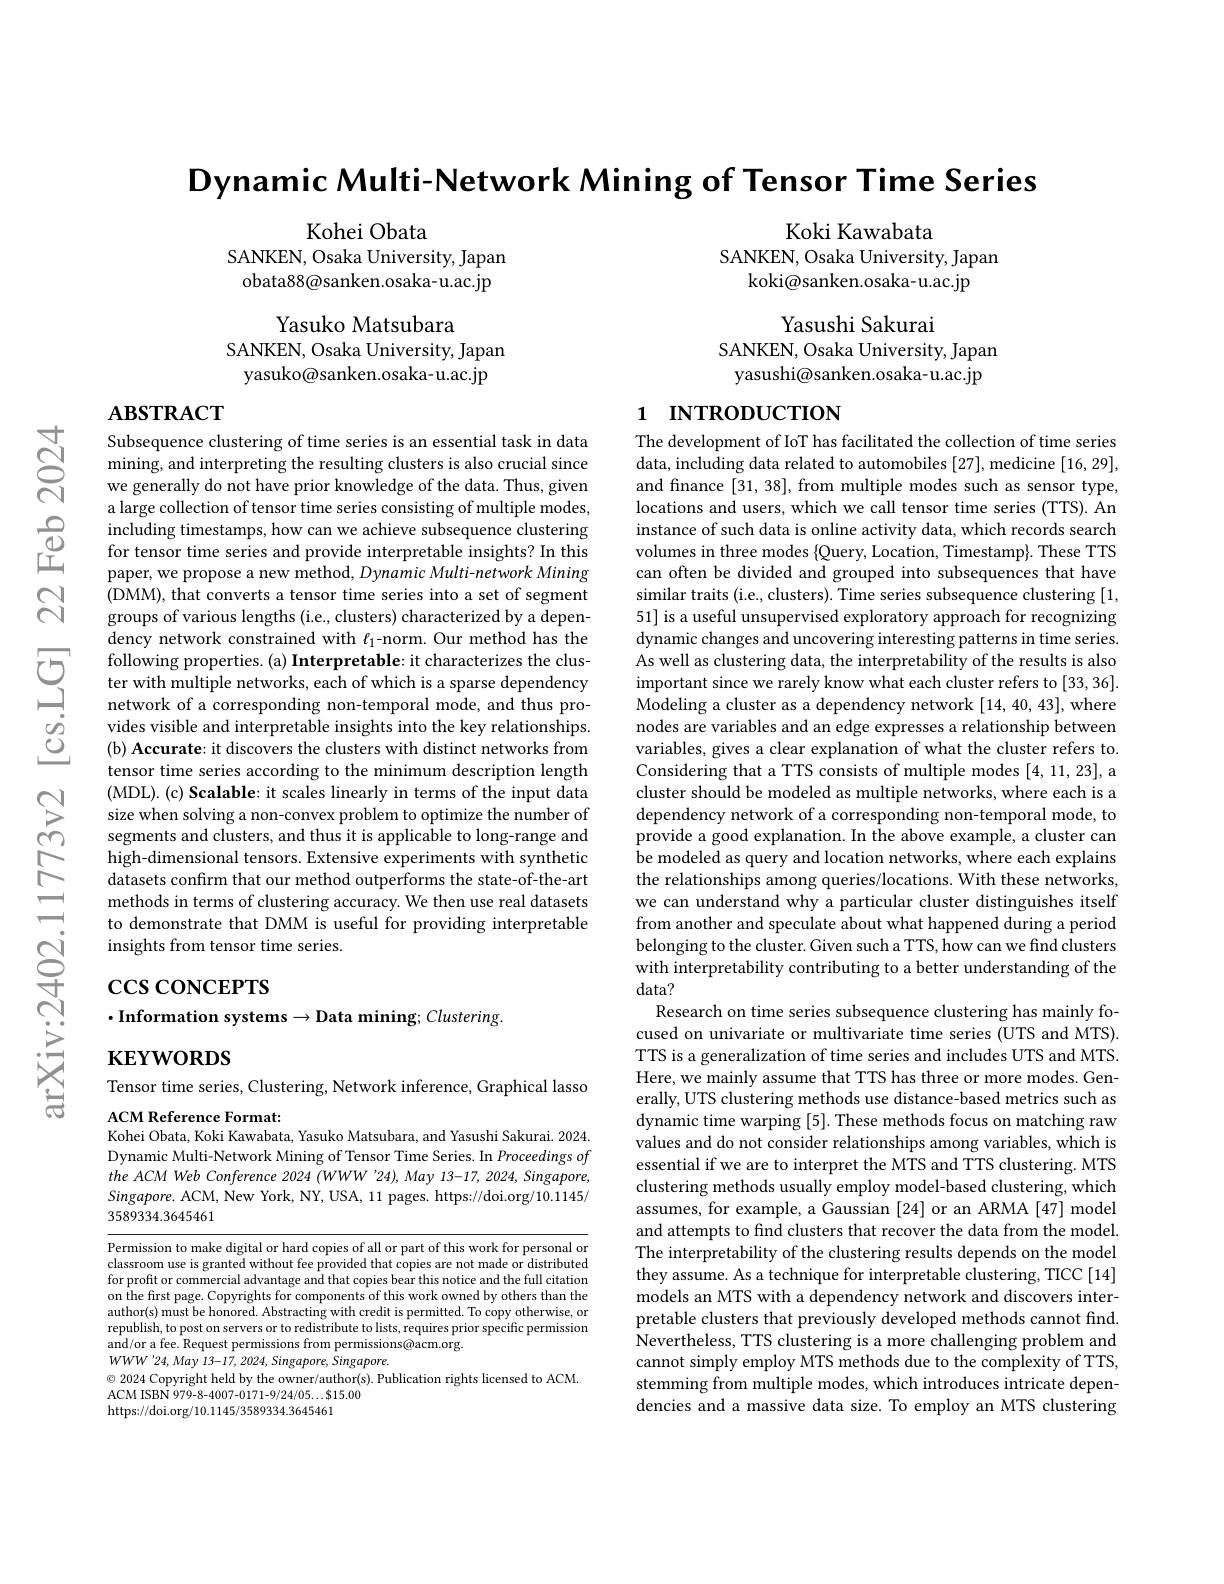
Dynamic Multi-Network Mining of Tensor Time Series

Koki Kawabata
SANKEN, Osaka University, Japan
koki@sanken.osaka-u.ac.jp

Kohei Obata
SANKEN, Osaka University, Japan obata88@sanken.osaka-u.ac.jp

Yasushi Sakurai
SANKEN, Osaka University, Japan yasushi@sanken.osaka-u.ac.jp

Yasuko Matsubara
SANKEN, Osaka University, Japan
yasuko@sanken.osaka-u.ac.jp

$\mathbf{ABSTRACT}$

# 1 INTRODUCTION

Subsequence clustering of time series is an essential task in data mining, and interpreting the resulting clusters is also crucial since we generally do not have prior knowledge of the data. Thus, given a large collection of tensor time series consisting of multiple modes, including timestamps, how can we achieve subsequence clustering for tensor time series and provide interpretable insights? In this paper, we propose a new method, Dynamic Multi-network Mining (DMM), that converts a tensor time series into a set of segment groups of various lengths (i.e., clusters) characterized by a dependency network constrained with $\ell_1$-norm.Our method has the following properties.(a) Interpretable: it characterizes the cluster with multiple networks, each of which is a sparse dependency network of a corresponding non-temporal mode, and thus provides visible and interpretable insights into the key relationships. (b) Accurate: it discovers the clusters with distinct networks from tensor time series according to the minimum description length (MDL). (c) Scalable: it scales linearly in terms of the input data size when solving a non-convex problem to optimize the number of segments and clusters, and thus it is applicable to long-range and high-dimensional tensors. Extensive experiments with synthetic datasets confirm that our method outperforms the state-of-the-art methods in terms of clustering accuracy. We then use real datasets to demonstrate that DMM is useful for providing interpretable insights from tensor time series.

The development of IoT has facilitated the collection of time series $\hat{\text{data, including data related to automobiles }[27]}$,medicine[16,29], and finance [31, 38], from multiple modes such as sensor type, locations and users, which we call tensor time series (TTS). An instance of such data is online activity data, which records search volumes in three modes $\{$Query, Location, Timestamp}. These TTS can often be divided and grouped into subsequences that have similar traits (i.e., clusters). Time series subsequence clustering [1, 51] is a useful unsupervised exploratory approach for recognizing dynamic changes and uncovering interesting patterns in time series. As well as clustering data, the interpretability of the results is also important since we rarely know what each cluster refers to [33,36]. Modeling a cluster as a dependency network [14, 40, 43], where nodes are variables and an edge expresses a relationship between variables, gives a clear explanation of what the cluster refers to. Considering that a TTS consists of multiple modes [4,11,23], a cluster should be modeled as multiple networks, where each is a dependency network of a corresponding non-temporal mode, to provide a good explanation. In the above example, a cluster can be modeled as query and location networks, where each explains the relationships among queries/locations. With these networks, we can understand why a particular cluster distinguishes itself from another and speculate about what happened during a period belonging to the cluster. Given such a TTS, how can we find clusters with interpretability contributing to a better understanding of the data?
Research on time series subsequence clustering has mainly focused on univariate or multivariate time series (UTS and MTS). TTS is a generalization of time series and includes UTS and MTS. Here, we mainly assume that TTS has three or more modes. Generally, UTS clustering methods use distance-based metrics such as dynamic time warping [5]. These methods focus on matching raw values and do not consider relationships among variables, which is essential if we are to interpret the MTS and TTS clustering. MTS clustering methods usually employ model-based clustering, which assumes, for example, a Gaussian [24] or an ARMA [47] model and attempts to find clusters that recover the data from the model. The interpretability of the clustering results depends on the model they assume. As a technique for interpretable clustering, TICC [14] models an MTS with a dependency network and discovers interpretable clusters that previously developed methods cannot find. $\dot{\text{Nevertheless, TTS clustering is a more challenging problem and}}$ cannot simply employ MTS methods due to the complexity of TTS, stemming from multiple modes, which introduces intricate dependencies and a massive data size. To employ an MTS clustering

# $\csc\cos$coNCEPTS $\cdot$Information systems$\to$Data mining; Clustering.

$\mathbf{KEYWORDS}$

Tensor time series, Clustering, Network inference, Graphical lasso

ACM Reference Format:
Kohei Obata, Koki Kawabata, Yasuko Matsubara, and Yasushi Sakurai. 2024. Dynamic Multi-Network Mining of Tensor Time Series. In Proceedingsof the ACM Web Conference 2024 (WWW '24),May 13-17,2024, Singapore, $Singapore.$ ACM, New York, NY, USA, 11 pages. https://doi.org/10.1145/ 3589334.3645461

Permission to make digital or hard copies of all or part of this work for personal or classroom use is granted without fee provided that copies are not made or distributed for profit or commercial advantage and that copies bear this notice and the full citation on the first page. Copyrights for components of this work owned by others than the author(s) must be honored. Abstracting with credit is permitted. To copy otherwise, or republish, to post on servers or to redistribute to lists, requires prior specific permission and/or a fee. Request permissions from permissions@acm.org.
$WWW^{\prime }24, May$ 13-17, 2024, $Singapore$, $Singapore.$
$\textcircled{\circ}$ 2024 Copyright held by the owner/author(s). Publication rights licensed to ACM.
ACM ISBN 979-8-4007-0171-9/24/05...$15.00
https://doi.org/10.1145/3589334.3645461